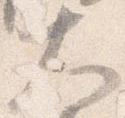
大